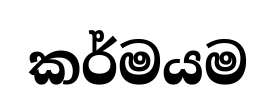
කර්මයම